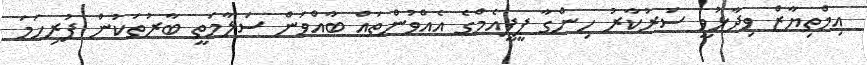
އިމްތިޔާޒް ވިދާޅުވީ ސަރުކާރު ހިންގާ ޕީޕީއެމްގެ އެއްވުންތައް ބާއްވަން ސަލާމަތީ ބާރުތަކުން ފުރިހަމަ